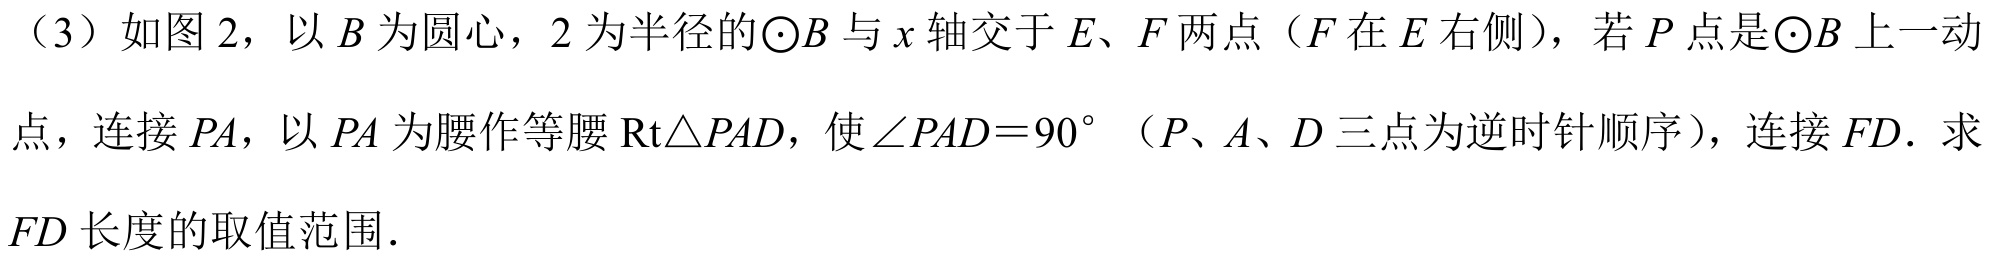
（3）如图 2，以 \(B\) 为圆心，\(2\) 为半径的\(\odot B\) 与 \(x\) 轴交于 \(E、F\) 两点（\(F\) 在 \(E\) 右侧），若 \(P\) 点是\(\odot B\) 上一动点，连接 \(PA\)，以 \(PA\) 为腰作等腰 \(\text{Rt}\triangle PAD\)，使 \(\angle PAD = 90^{\circ}\)（\(P、A、D\) 三点为逆时针顺序），连接 \(FD\). 求 \(FD\) 长度的取值范围.